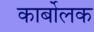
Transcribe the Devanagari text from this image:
कार्बोलक